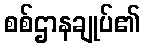
စစ်ဌာနချုပ်၏